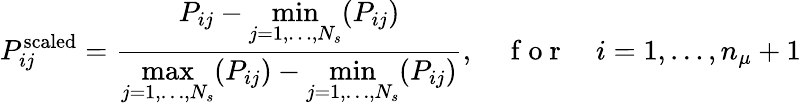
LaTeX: P_{ij}^{\mathrm{scaled}}=\frac{P_{ij}-\underset{j=1,\ldots,N_{s}}{\operatorname*{min}}(P_{ij})}{\underset{j=1,\ldots,N_{s}}{\operatorname*{max}}(P_{ij})-\underset{j=1,\ldots,N_{s}}{\operatorname*{min}}(P_{ij})},\quad\mathrm{~f~o~r~}\quad i=1,\ldots,n_{\mu}+1